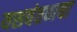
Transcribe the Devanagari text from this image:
यशवंतबाबा